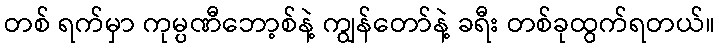
တစ် ရက်မှာ ကုမ္ပဏီဘော့စ်နဲ့ ကျွန်တော်နဲ့ ခရီး တစ်ခုထွက်ရတယ်။